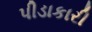
પીડાકારી